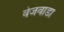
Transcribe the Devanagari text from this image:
वेजवाडा